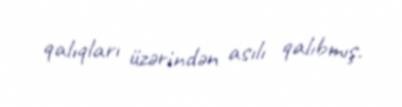
qalıqları üzərindən asılı qalıbmış.